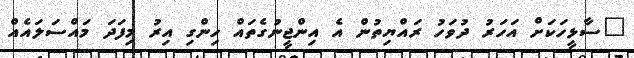
"ސާޅީހަކަށް އަހަރު ދުވަހު ރައްޔިތުން އެ އިންޖީނުގެތައް ހިންގި އިރު މިފަދަ މައްސަލައެއް